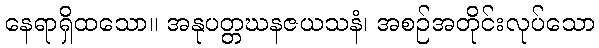
နေရာရှိထသော။ အနုပတ္တဃနဇယသနံ၊ အစဉ်အတိုင်းလုပ်သော